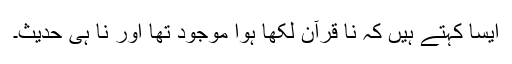
ایسا کہتے ہیں کہ نا قرآن لکھا ہوا موجود تھا اور نا ہی حدیث۔